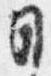
日